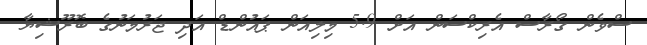
ސްވެން ގޯރާސް އެރިކްސަން އަށް 5.9 މިލިއަން ޕައުންޑް އަދި ޖަރުމަނުގެ ބޮރޫޝިޔާ